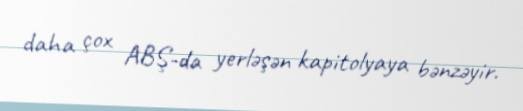
daha çox ABŞ-da yerləşən kapitolyaya bənzəyir.